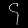
Digit: ၄